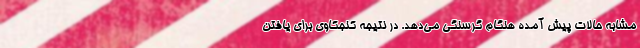
مشابه حالات پیش آمده هنگام گرسنگی می‌دهد. در نتیجه کنجکاوی برای یافتن